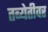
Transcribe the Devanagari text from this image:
तब्येतीवर